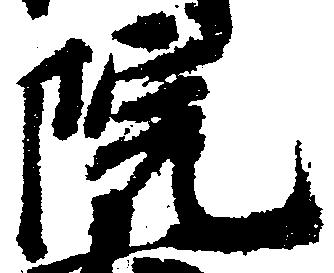
院